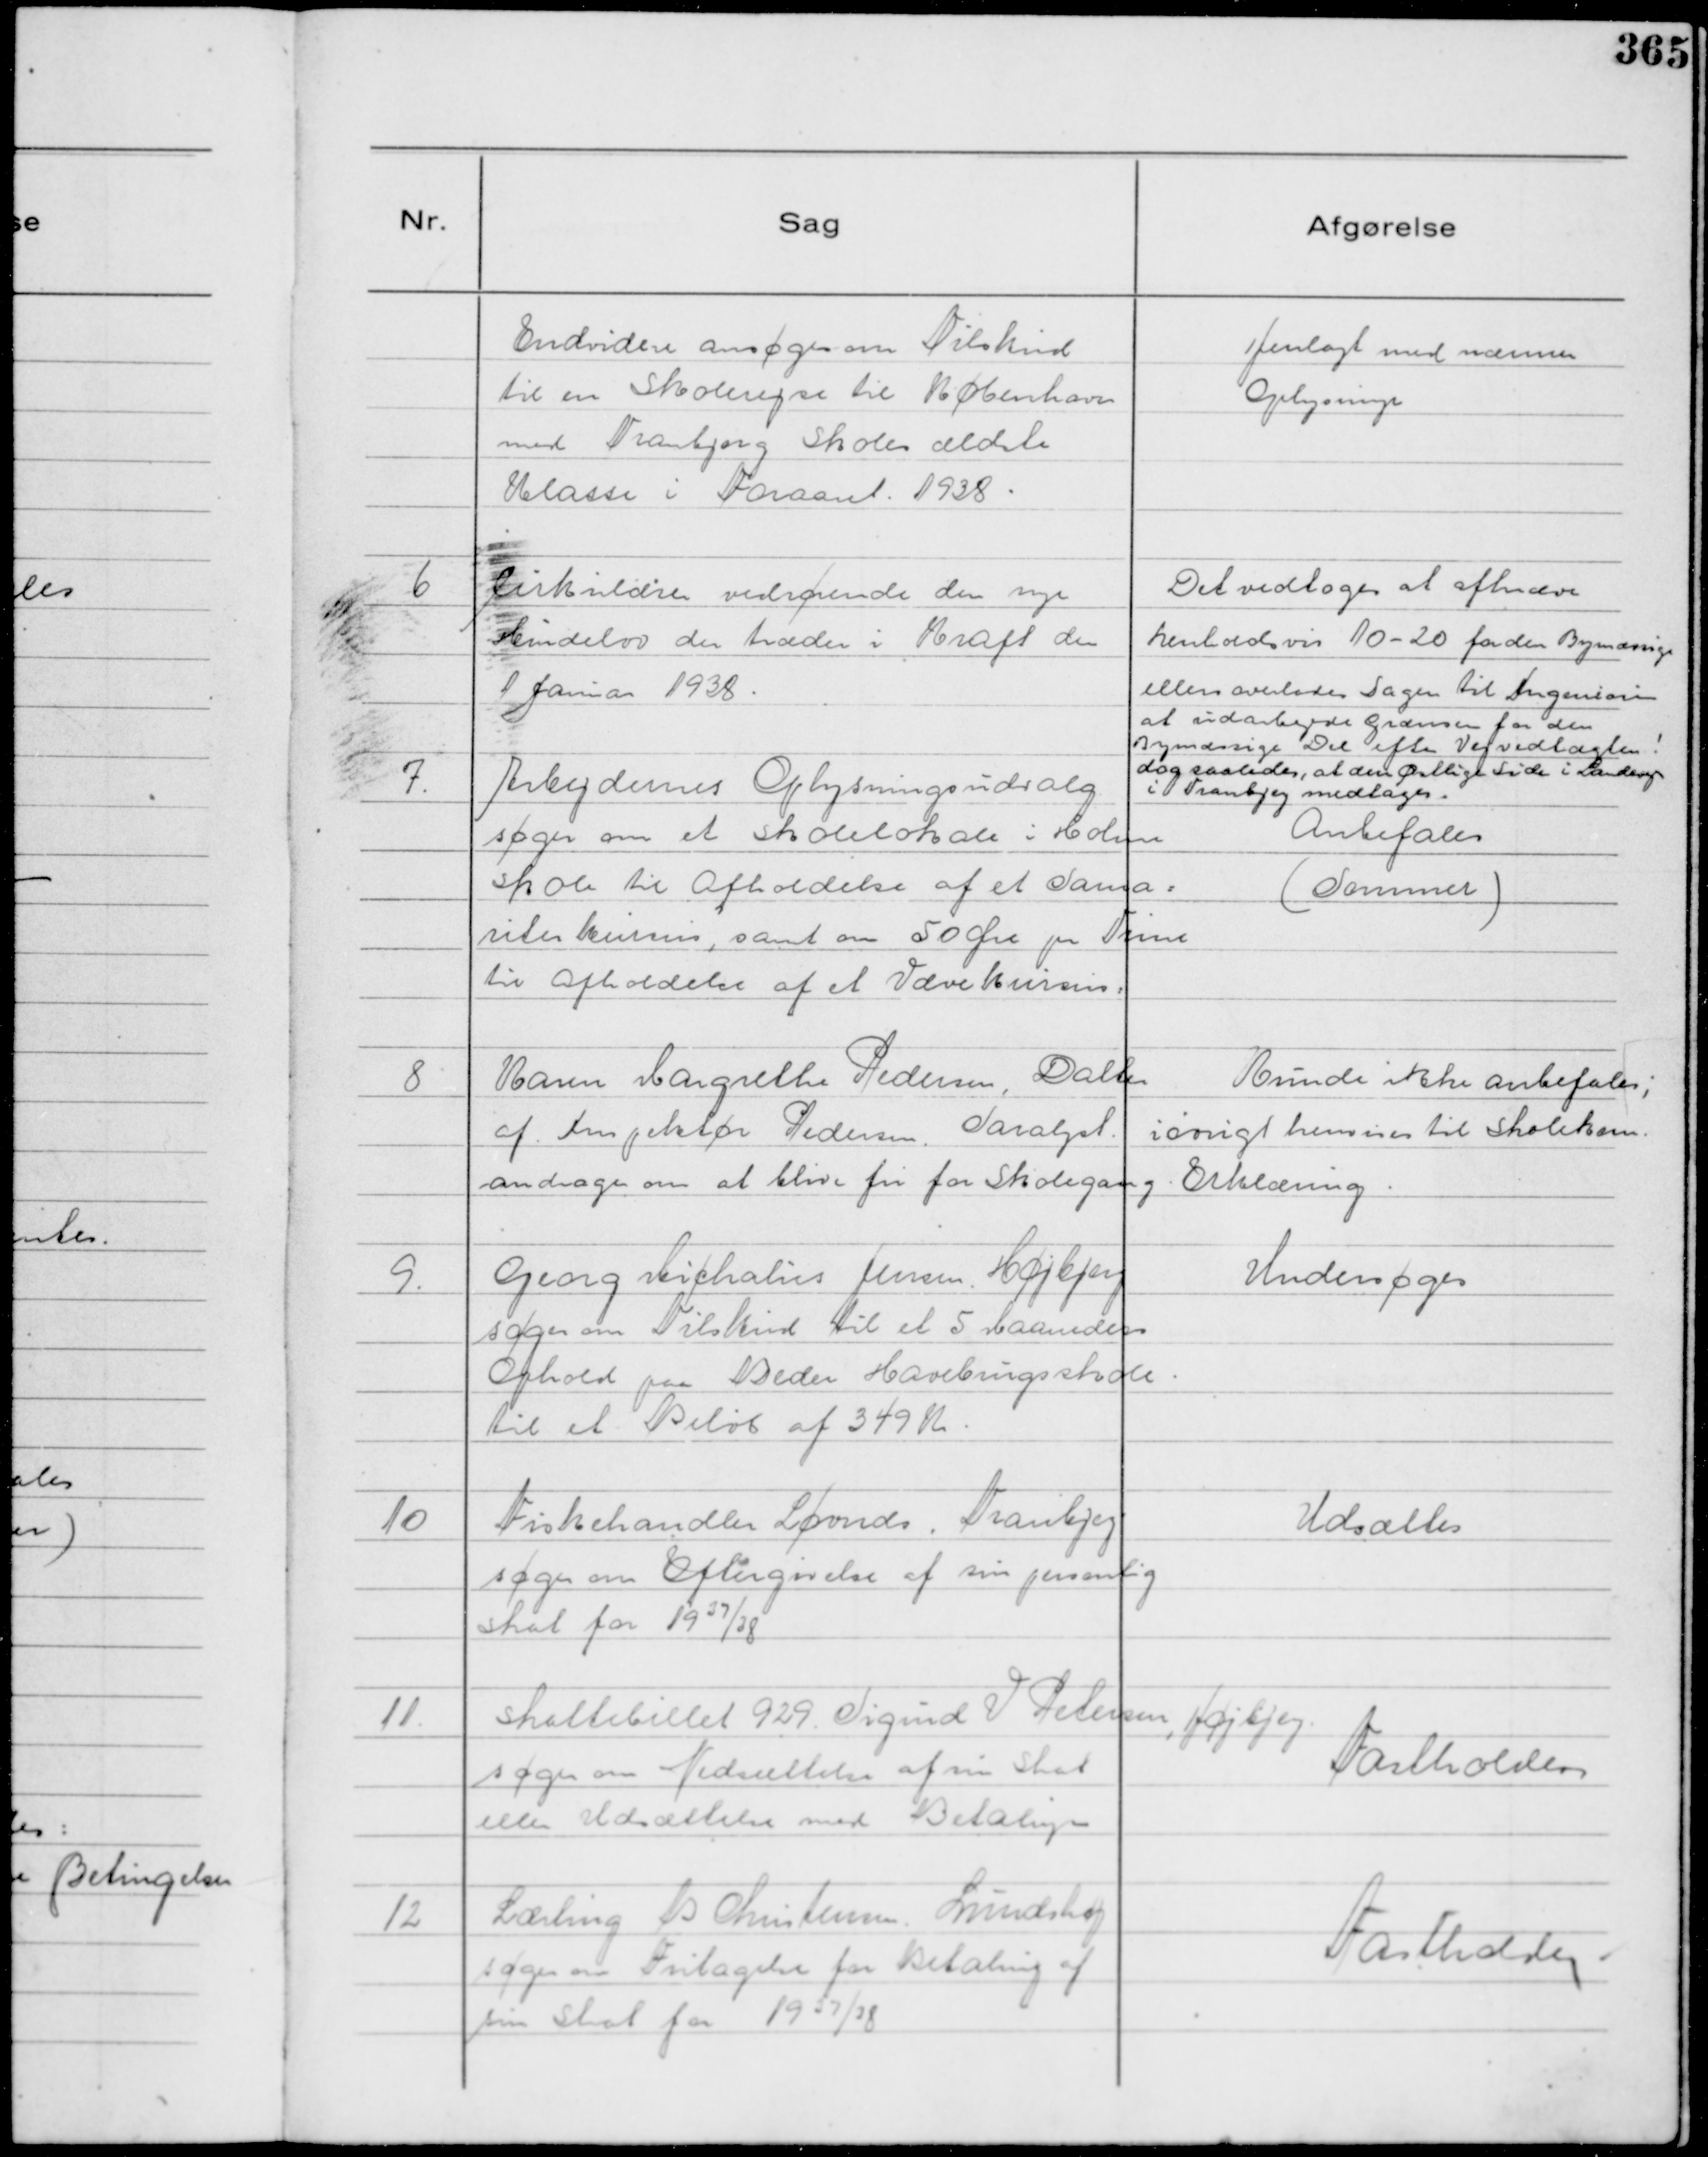
Transskription:
Endvidere ansøges om Tilskud
til en Skolerejse til København
med Tranbjerg Skoles ældste
Klasse i Foraaret. 1938.

Henlagt med nærmere
Oplysning

6
Cirkulærer vedrørende den nye
Hundelov der træder i Kraft den
1 Januar 1938.

Det vedtoges at afkræve
henholdsvis 10 - 20 for den Bymæssige
ellers overlodes Sagen til Ingeniøren
at udarbejde Grænsen for den
Bymæssige Del efter Vejvedtægten !
dog saaledes, at den Østlige Side i Landevej
i Tranbjerg medtages.

7.
Arbejdernes Oplysningsudvalg
søger om et Skolelokale i Holme
Skole til afholdelse af et Sama=
riterkursus, samt om 50 Øre pr Time
til afholdelse af et Vævekursus:

Anbefales
( Sommer )

8
Karen Margrethe Pedersen, Datter
af Inspektør Pedersen, Saralyst.
andrager om at blive fri for Skolegang

Kunde ikke anbefales;
iøvrigt henvises til Skolekom.
Erklæring.

9.
Georg Michalus Jensen, Højbjerg
søger om Tilskud til et 5 Maaneders
Ophold paa Beder Havebrugsskole
til et Beløb af 349 Kr.

Undersøges

10
Fiskehandler Løvnæs, Tranbjerg
søger om Eftergivelse af sin personlig
Skat for 1937/38

Udsættes

11.
Skattebillet 929 Sigurd V Petersen, Højbjerg
søger om Nedsættelse af sin Skat
eller Udsættelse med Betalingen

Fastholdes

12
Lærling B Christensen Lundshøj
søger Fritagelse for Betaling af
sin Skat for 1937/38

Fastholdes